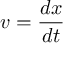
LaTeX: v = { \frac { d x } { d t } }